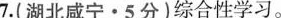
7.(湖北咸宁·5分)综合性学习。